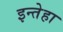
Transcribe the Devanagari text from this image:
इन्तेहा